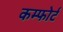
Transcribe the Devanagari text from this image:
कम्फोर्ट